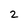
Character: 2